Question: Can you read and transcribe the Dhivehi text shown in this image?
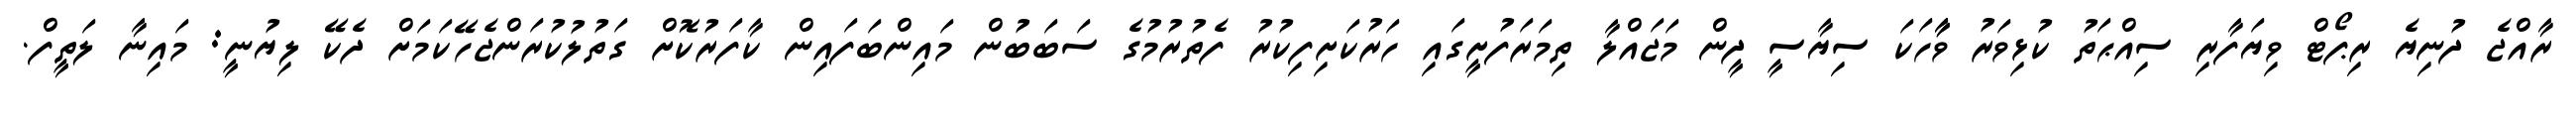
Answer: ރާއްޖެ ދުނިޔެ ރިޕޯޓް ވިޔަފާރި ސިއްޙަތު ކުޅިވަރު ވާާހަކަ ސިޔާސީ ދީން މަޖައްލާ ތިމަރަފުށީގައި ހަރުކަށިފިކުރު ފެތުރުމުގެ ސަބަބުން މައިންބަފައިން ކާފަރުކޮށް ގަތުލުކުރަންޖެހޭކަމަށް ދެކޭ ލިޔުނީ: މައިނާ ލަތީފް.